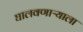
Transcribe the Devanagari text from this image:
घालवणाऱ्याला